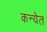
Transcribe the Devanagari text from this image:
कन्येत